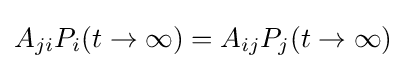
A_{ji}P_{i}(t\rightarrow \infty )=A_{ij}P_{j}(t\rightarrow \infty )